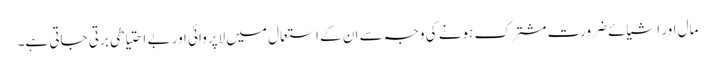
مال اور اشیائے ضرورت مشترک ہونے کی وجہ سے ان کے استعمال میں لاپروائی اور بے احتیاطی برتی جاتی ہے۔